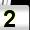
Digit: 2